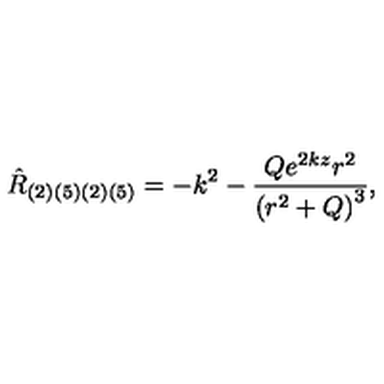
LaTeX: { \hat { R } } _ { ( 2 ) ( 5 ) ( 2 ) ( 5 ) } = - k ^ { 2 } - \frac { Q e ^ { 2 k z } r ^ { 2 } } { { ( r ^ { 2 } + Q ) } ^ { 3 } } ,